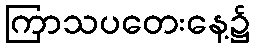
ကြာသပတေးနေ့၌